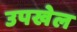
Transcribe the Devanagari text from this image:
उपखेल